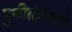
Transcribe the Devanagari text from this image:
मुक्तीसंग्रामाचे